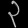
Digit: ၃